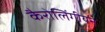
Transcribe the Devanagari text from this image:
कैरोलिंगीयन